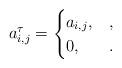
LaTeX: \begin{align*}a^{\tau}_{i,j}=\begin{cases}a_{i,j}, & ,\\0, & .\end{cases}\end{align*}